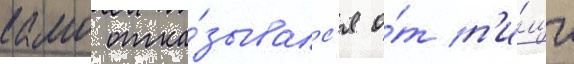
камо отка́зывалс'я о́т п'и́щи